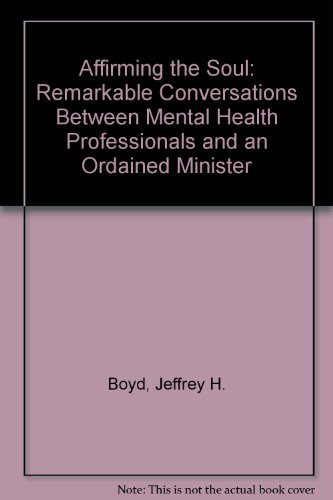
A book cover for Affirming the Soul: Remarkable Conversations Between Mental Health Professionals and an Ordained Minister; Jeffrey H. Boyd; Religion & Spirituality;